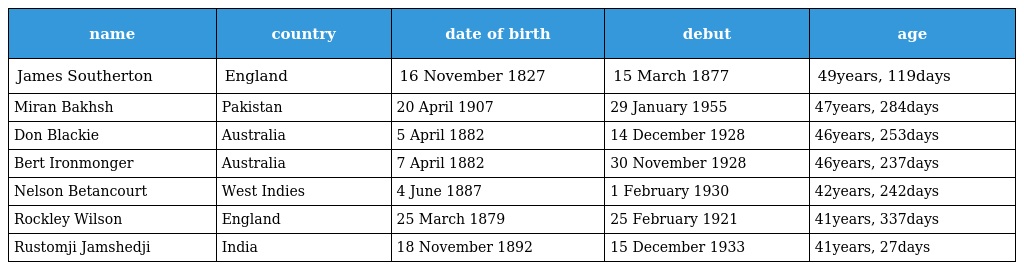
| name | country | date of birth | debut | age |
 | --- | --- | --- | --- | --- |
 | James Southerton | England | 16 November 1827 | 15 March 1877 | 49years, 119days |
 | Miran Bakhsh | Pakistan | 20 April 1907 | 29 January 1955 | 47years, 284days |
 | Don Blackie | Australia | 5 April 1882 | 14 December 1928 | 46years, 253days |
 | Bert Ironmonger | Australia | 7 April 1882 | 30 November 1928 | 46years, 237days |
 | Nelson Betancourt | West Indies | 4 June 1887 | 1 February 1930 | 42years, 242days |
 | Rockley Wilson | England | 25 March 1879 | 25 February 1921 | 41years, 337days |
 | Rustomji Jamshedji | India | 18 November 1892 | 15 December 1933 | 41years, 27days |